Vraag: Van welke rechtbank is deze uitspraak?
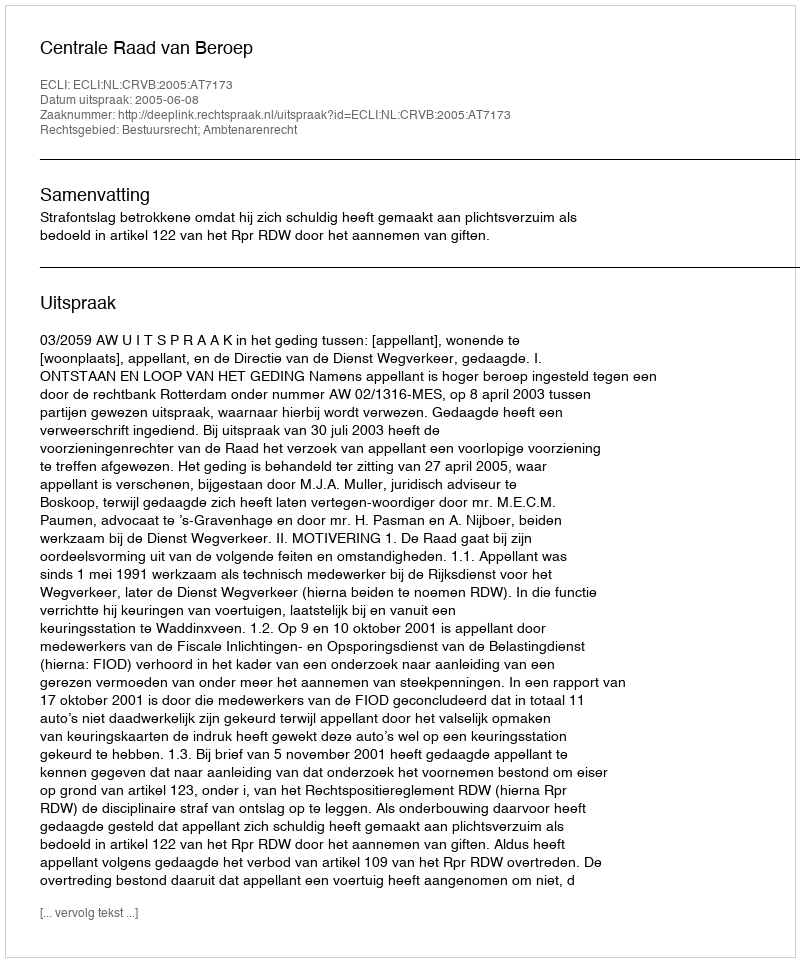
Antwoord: Centrale Raad van Beroep